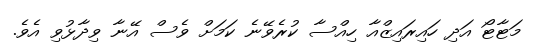
މަޓާޓޯ އަދި ހައިރައިޒްއާ ހިއްސާ ކުރެވޭނެ ކަމަށް ވެސް އޭނާ ވިދާޅުވި އެވެ.